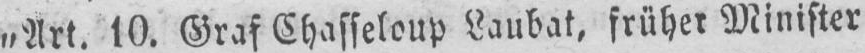
„Art. 10. Graf Chasseloup Laubat‚ früher Minister